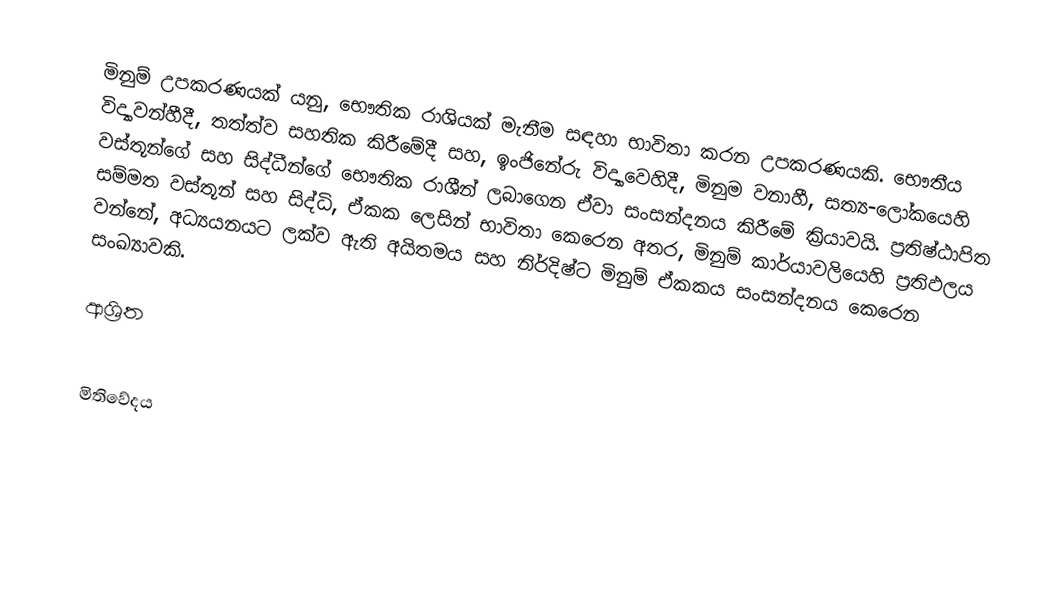
මිනුම් උපකරණයක් යනු,  භෞතික රාශියක් මැනීම සඳහා භාවිතා කරන උපකරණයකි. භෞතීය  විද්‍යාවන්හීදී, තත්ත්ව සහතික කිරීමේදී සහ, ඉංජිනේරු විද්‍යාවෙහිදී, මිනුම වනාහී,  සත්‍ය-ලෝකයෙහි  වස්තූන්ගේ සහ සිද්ධීන්ගේ භෞතික රාශීන් ලබාගෙන ඒවා සංසන්දනය කිරීමේ ක්‍රියාවයි. ප්‍රතිෂ්ඨාපිත සම්මත වස්තූන් සහ සිද්ධි,  ඒකක  ලෙසින් භාවිතා කෙරෙන අතර, මිනුම් කාර්යාවලියෙහි ප්‍රතිඵලය වන්නේ, අධ්‍යයනයට ලක්ව ඇති අයිතමය සහ නිර්දිෂ්ට මිනුම් ඒකකය සංසන්දනය කෙරෙන සංඛ්‍යාවකි.

ආශ්‍රිත

මිතිවේදය